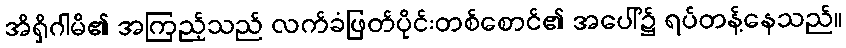
အိရှိဂါမိ၏ အကြည့်သည် လက်ခံဖြတ်ပိုင်းတစ်စောင်၏ အပေါ်၌ ရပ်တန့်နေသည်။